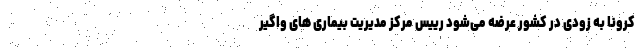
کرونا به زودی در کشور عرضه می‌شود رییس مرکز مدیریت بیماری های واگیر